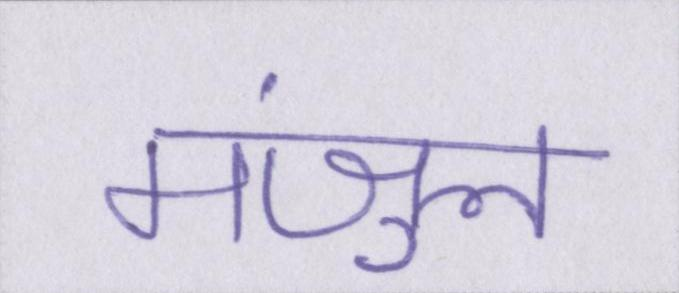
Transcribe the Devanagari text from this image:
मंजुल